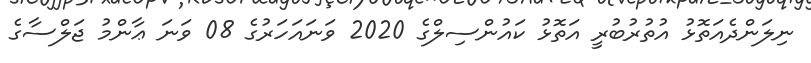
ނިލަންދެއަތޮޅު އުތުރުބުރީ އަތޮޅު ކައުންސިލްގެ 2020 ވަނައަހަރުގެ 08 ވަނަ ޢާންމު ޖަލްސާގެ